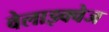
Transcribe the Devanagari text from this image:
वेलाझ्क्वेज